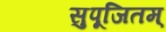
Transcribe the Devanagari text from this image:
सुपूजितम्